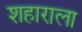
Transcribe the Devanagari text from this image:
शहाराला